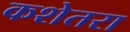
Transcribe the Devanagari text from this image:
कशेतरा